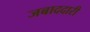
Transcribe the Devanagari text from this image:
जबाददारी